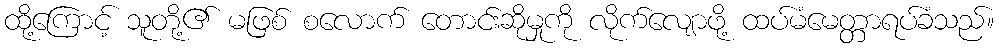
ထို့ကြောင့် သူတို့၏ မဖြစ် စလောက် တောင်းဆိုမှုကို လိုက်လျောဖို့ ထပ်မံမေတ္တာရပ်ခံသည်။